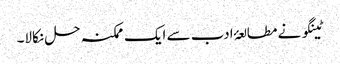
ٹینگو نے مطالعۂ ادب سے ایک ممکنہ حل نکالا۔